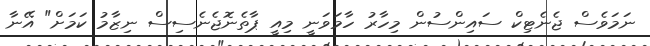
ނަމަވެސް ޖެނެޓިކް ސައިންސުން މިހާރު ހާމަވަނީ މިއީ ޕާތެނޮޖެނެސިސް ނިޒާމު ކަމަށް" އޭނާ